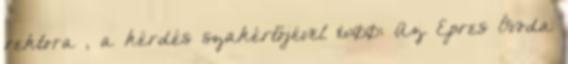
rektora , a kérdés szakértőjével 16:00: Az Epres Óvoda